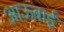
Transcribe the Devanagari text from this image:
आऊबाई